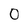
Character: 0